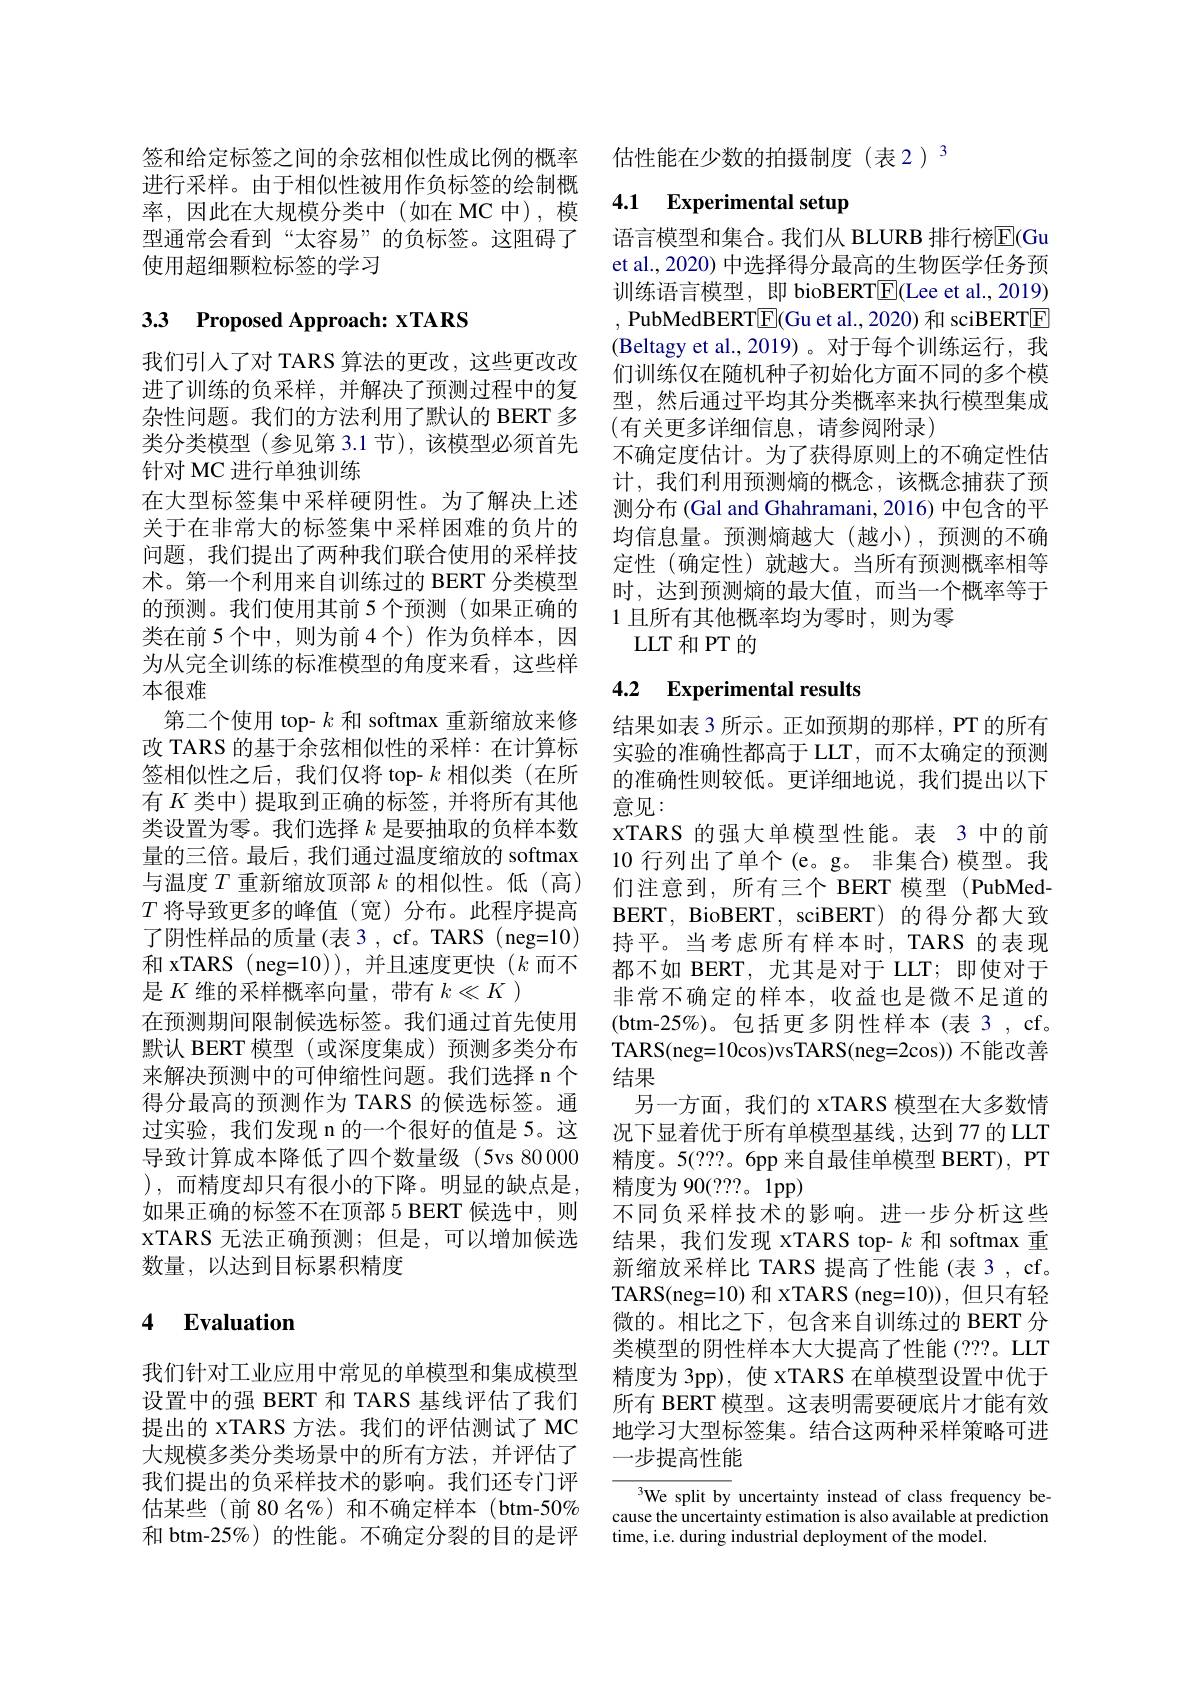
签和给定标签之间的余弦相似性成比例的概率进行采样。由于相似性被用作负标签的绘制概率，因此在大规模分类中(如在 MC 中),模型通常会看到“太容易”的负标签。这阻碍了使用超细颗粒标签的学习

# 3.3 Proposed Approach: xTARS

我们引入了对 TARS 算法的更改，这些更改改进了训练的负采样，并解决了预测过程中的复杂性问题。我们的方法利用了默认的 BERT 多类分类模型(参见第 3.1 节),该模型必须首先针对 MC 进行单独训练
在大型标签集中采样硬阴性。为了解决上述关于在非常大的标签集中采样困难的负片的问题，我们提出了两种我们联合使用的采样技术。第一个利用来自训练过的 BERT 分类模型的预测。我们使用其前 5 个预测(如果正确的类在前 5 个中，则为前 4 个) 作为负样本，因为从完全训练的标准模型的角度来看，这些样本很难
第二个使用 top- $k$和 softmax 重新缩放来修改 TARS 的基于余弦相似性的采样：在计算标签相似性之后，我们仅将 top- $k$相似类(在所有$K$类中)提取到正确的标签，并将所有其他类设置为零。我们选择$k$是要抽取的负样本数量的三倍。最后，我们通过温度缩放的 softmax 与温度$T$重新缩放顶部$k$的相似性。低(高) $T$将导致更多的峰值(宽)分布。此程序提高了阴性样品的质量(表3，cf。TARS(neg=10) 和 xTARS ( neg=10)),并且速度更快$(k$而不是$K$维的采样概率向量，带有$k\ll K$ )
在预测期间限制候选标签。我们通过首先使用默认 BERT 模型 (或深度集成)预测多类分布来解决预测中的可伸缩性问题。我们选择 n 个得分最高的预测作为 TARS 的候选标签。通过实验，我们发现 n 的一个很好的值是 5。这导致计算成本降低了四个数量级 (5vs 80 0000 精度。5(???。6pp 来自最佳单模型 BERT), PT
),而精度却只有很小的下降。明显的缺点是，精度为 90(???。1pp)
如果正确的标签不在顶部 5 BERT 候选中，则XTARS 无法正确预测；但是，可以增加候选数量，以达到目标累积精度

## 4 Evaluation

我们针对工业应用中常见的单模型和集成模型设置中的强 BERT 和 TARS 基线评估了我们提出的 XTARS 方法。我们的评估测试了 MC 大规模多类分类场景中的所有方法，并评估了我们提出的负采样技术的影响。我们还专门评估某些(前 80 名%)和不确定样本(btm-50% 和 btm-25%) 的性能。不确定分裂的目的是评

估性能在少数的拍摄制度(表2)$^{3}$

# 4.1 Experimental setup

语言模型和集合。我们从 BLURB 排行榜$\overline{\mathrm{E}}($Gu et al., 2020) 中选择得分最高的生物医学任务预训练语言模型，即 bioBERT$\boxed{\mathrm{F}}($Lee et al., 2019) , PubMedBERT$\boxed{\mathrm{F}}($Gu et al.,2020) 和 sciBERTE (Beltagy et al.,2019)。对于每个训练运行，我们训练仅在随机种子初始化方面不同的多个模型，然后通过平均其分类概率来执行模型集成(有关更多详细信息，请参阅附录)
不确定度估计。为了获得原则上的不确定性估计，我们利用预测熵的概念，该概念捕获了预测分布 (Gal and Ghahramani, 2016) 中包含的平均信息量。预测熵越大(越小),预测的不确定性(确定性)就越大。当所有预测概率相等时，达到预测熵的最大值，而当一个概率等于1 且所有其他概率均为零时，则为零
LLT 和 PT 的

# 4.2 Experimental results

结果如表 3 所示。正如预期的那样，PT 的所有实验的准确性都高于 LLT, 而不太确定的预测的准确性则较低。更详细地说，我们提出以下意见：
XTARS 的强大单模型性能。表 3 中的前10 行列出了单个(e。g。非集合)模型。我们注意到，所有三个 BERT 模型(PubMedBERT, BioBERT, sciBERT) 的得分都大致持平。当考虑所有样本时，TARS 的表现都不如 BERT, 尤其是对于 LLT; 即使对于非常不确定的样本，收益也是微不足道的(btm-25%)。包括更多阴性样本(表3，cf。TARS(neg=10cos)vsTARS(neg=2cos)) 不能改善结果
另一方面，我们的 xTARS 模型在大多数情况下显着优于所有单模型基线，达到 77 的 LLT 不同负采样技术的影响。进一步分析这些结果，我们发现 XTARS top- $k$和 softmax 重新缩放采样比 TARS 提高了性能(表3，cf。TARS(neg=10) 和 XTARS (neg=10)), 但只有轻微的。相比之下，包含来自训练过的 BERT 分类模型的阴性样本大大提高了性能(???。LLT 精度为 3pp), 使 XTARS 在单模型设置中优于所有 BERT 模型。这表明需要硬底片才能有效地学习大型标签集。结合这两种采样策略可进一步提高性能

We split by uncertainty instead of class frequency because the uncertainty estimation is also available at prediction time, i.e. during industrial deployment of the model.